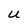
Character: U